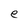
Character: e